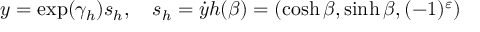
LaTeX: y = \exp ( \gamma _ { h } ) s _ { h } , \ \ \ s _ { h } = \dot { y } h ( \beta ) = ( \cosh \beta , \sinh \beta , ( - 1 ) ^ { \varepsilon } )